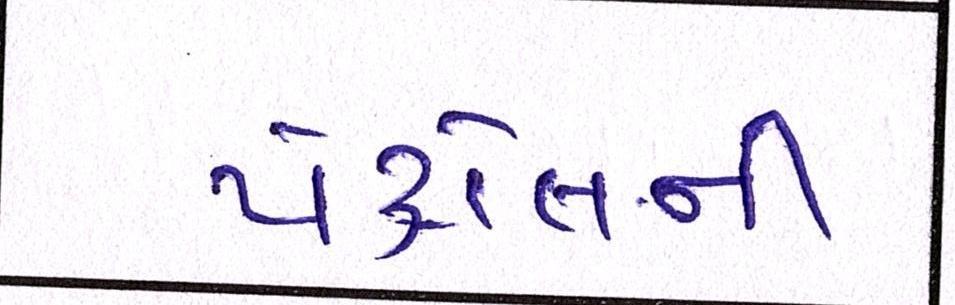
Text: પેટ્રોલની